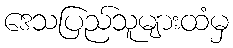
ဒေသပြည်သူများထံမှ